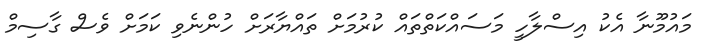
މައުމޫނާ އެކު އިސްލާހީ މަސައްކަތްތައް ކުރުމަށް ތައްޔާރަށް ހުންނެވި ކަމަށް ވެސް ގާސިމް